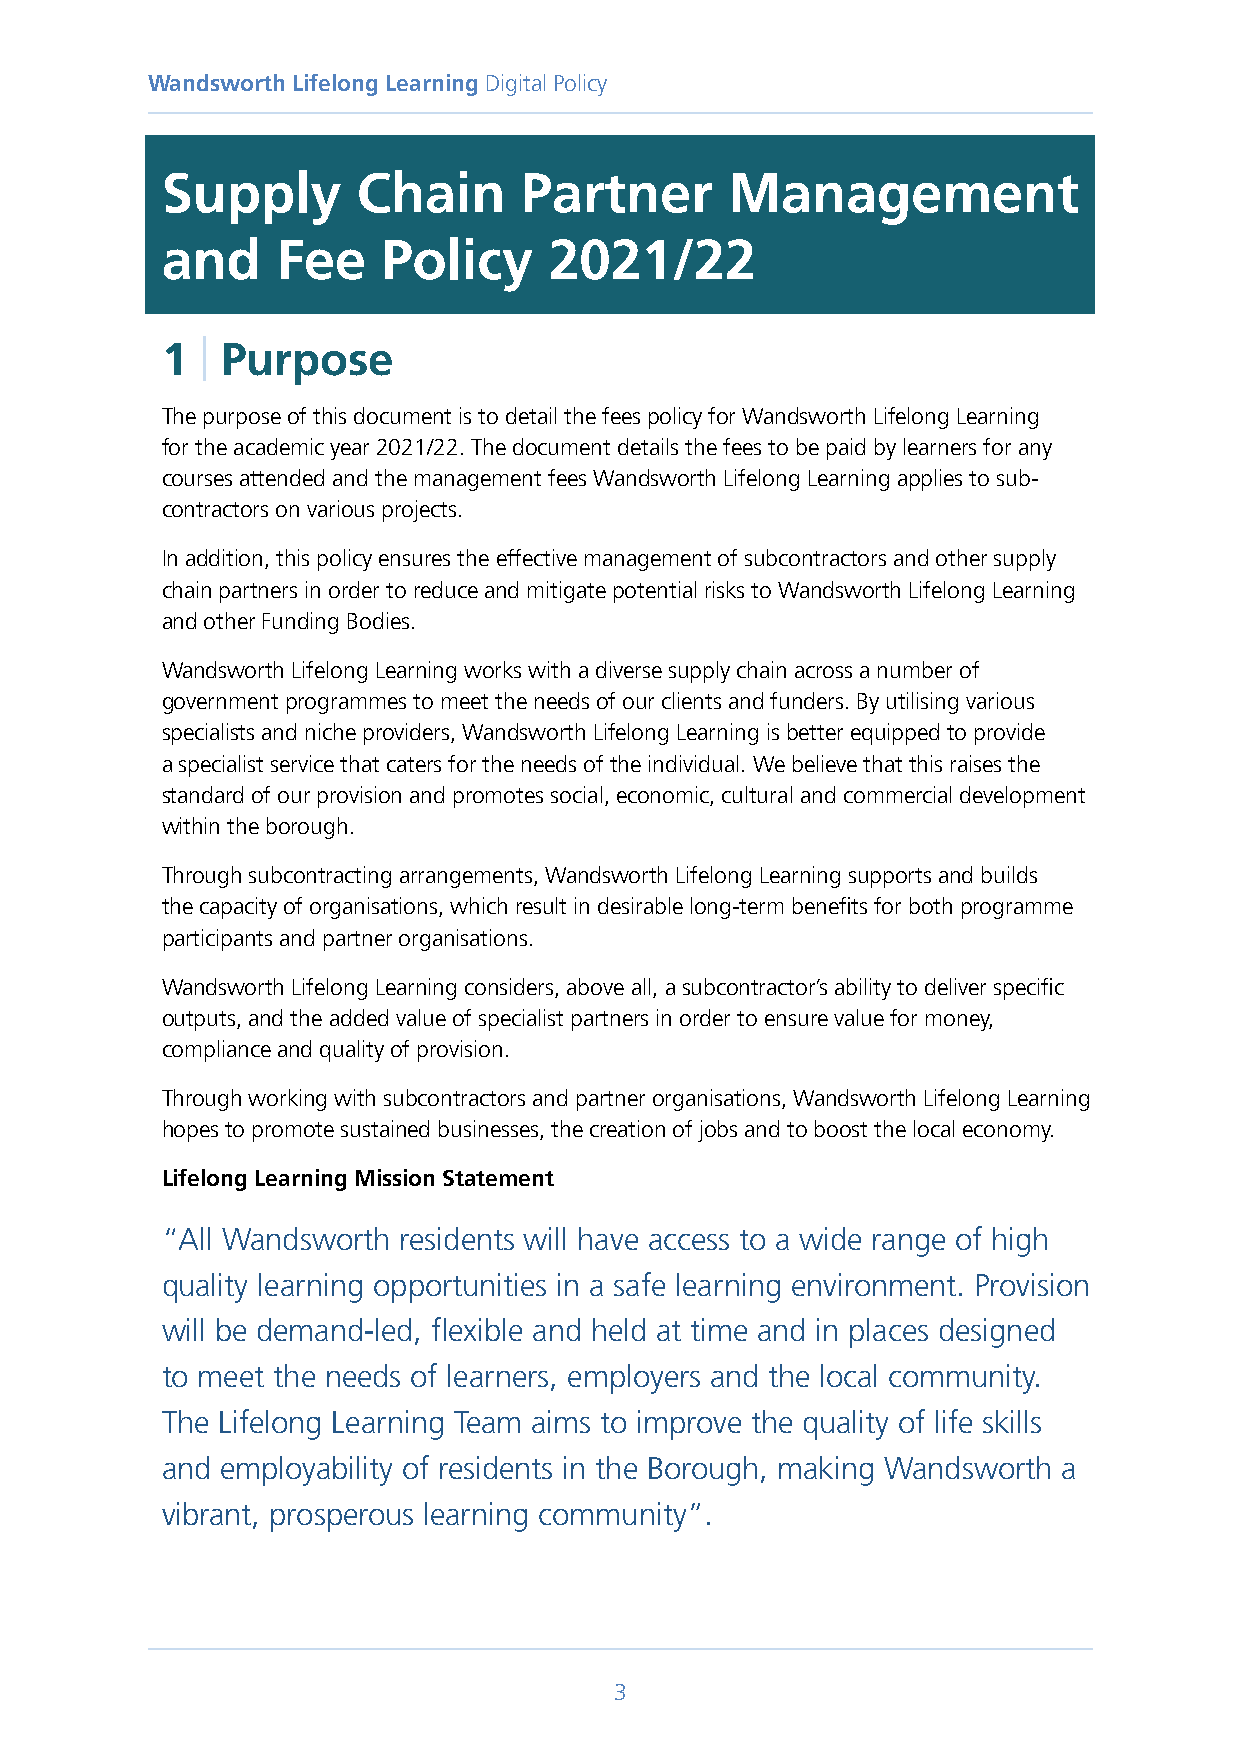
Wandsworth Lifelong Learning Digital Policy
 Supply       Chain     Partner       Management
 and    Fee    Policy     2021/22
 1 | Purpose
 The purpose of this document is to detail the fees policy for Wandsworth Lifelong Learning
 for the academic year 2021/22. The document details the fees to be paid by learners for any
 courses attended and the management fees Wandsworth Lifelong Learning applies to sub-
 contractors on various projects.
 In addition, this policy ensures the effective management of subcontractors and other supply
 chain partners in order to reduce and mitigate potential risks to Wandsworth Lifelong Learning
 and other Funding Bodies.
 Wandsworth Lifelong Learning works with a diverse supply chain across a number of
 government programmes to meet the needs of our clients and funders. By utilising various
 specialists and niche providers, Wandsworth Lifelong Learning is better equipped to provide
 a specialist service that caters for the needs of the individual. We believe that this raises the
 standard of our provision and promotes social, economic, cultural and commercial development
 within the borough.
 Through subcontracting arrangements, Wandsworth Lifelong Learning supports and builds
 the capacity of organisations, which result in desirable long-term benefits for both programme
 participants and partner organisations.
 Wandsworth Lifelong Learning considers, above all, a subcontractor’s ability to deliver specific
 outputs, and the added value of specialist partners in order to ensure value for money,
 compliance and quality of provision.
 Through working with subcontractors and partner organisations, Wandsworth Lifelong Learning
 hopes to promote sustained businesses, the creation of jobs and to boost the local economy.
 Lifelong Learning Mission Statement
 “All Wandsworth residents will have access to a wide range of high
 quality learning opportunities in a safe learning environment. Provision
 will be demand-led, flexible and held at time and in places designed
 to meet the needs of learners, employers and the local community.
 The Lifelong Learning Team aims to improve the quality of life skills
 and employability of residents in the Borough, making Wandsworth a
 vibrant, prosperous learning community”.
 3